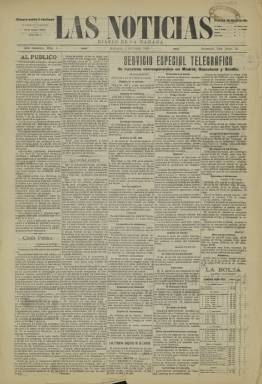
Título: Las Noticias (Badajoz)
Colección: Periódicos
Ámbito geográfico: Badajoz
Lugar de publicación: Badajoz
Fechas: 01/10/1910-01/10/1910